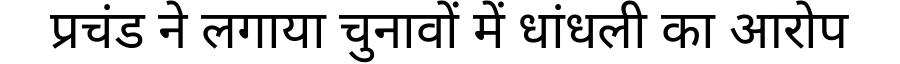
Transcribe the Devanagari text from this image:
प्रचंड ने लगाया चुनावों में धांधली का आरोप